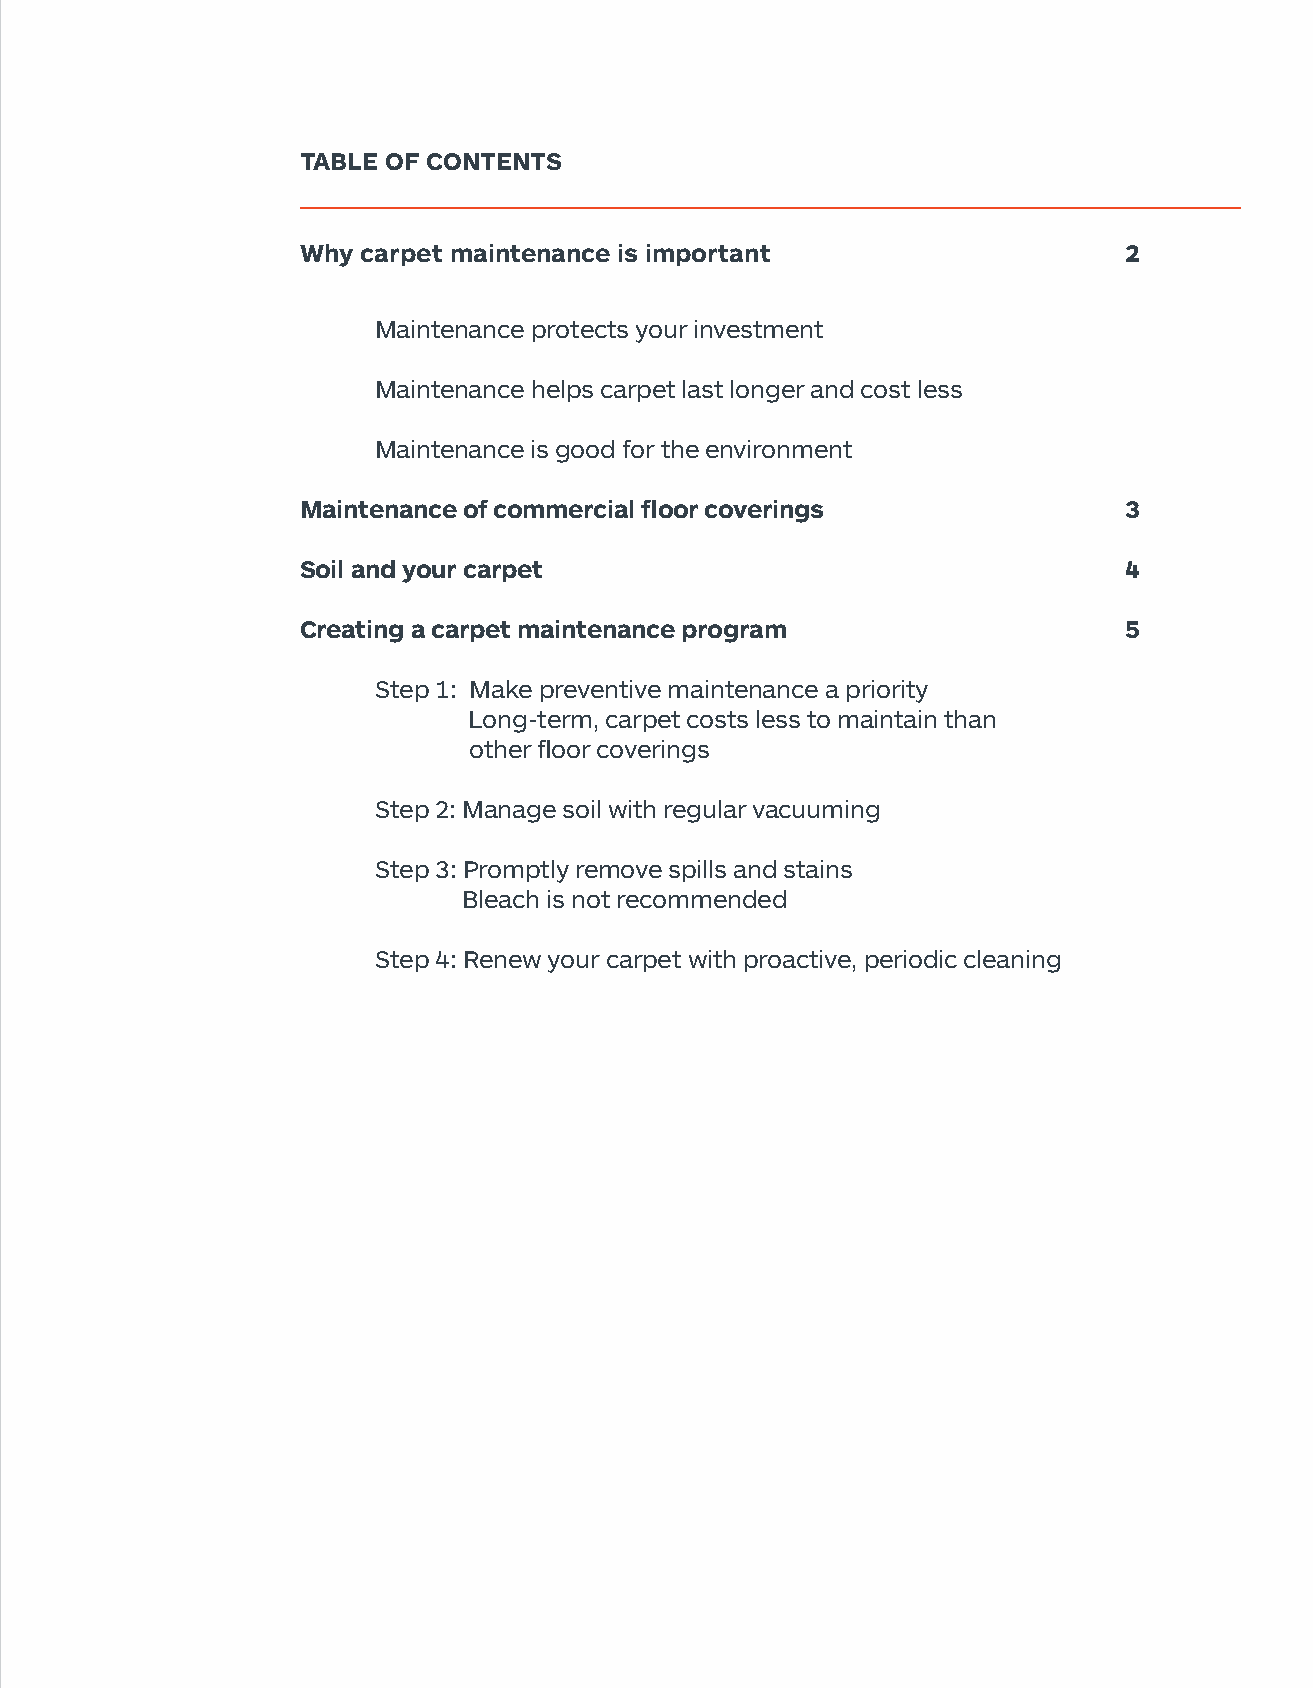
TABLE OF CONTENTS
 Why carpet maintenance is important                   2
 Maintenance protects your investment
 Maintenance helps carpet last longer and cost less
 Maintenance is good for the environment
 Maintenance of commercial floor coverings             3
 Soil and your carpet                                   4
 Creating a carpet maintenance program                 5
 Step 1: Make preventive maintenance a priority
 Long-term, carpet costs less to maintain than
 other floor coverings
 Step 2: Manage soil with regular vacuuming
 Step 3: Promptly remove spills and stains
 Bleach is not recommended
 Step 4: Renew your carpet with proactive, periodic cleaning